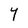
Character: Y